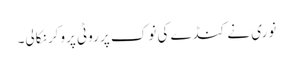
نوری نے کنڈے کی نوک پر روٹی پروکر نکالی۔